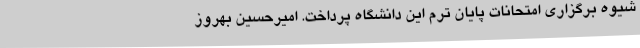
شیوه برگزاری امتحانات پایان ترم این دانشگاه پرداخت. امیرحسین بهروز